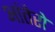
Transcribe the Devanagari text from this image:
आंतेरो